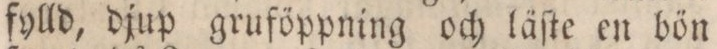
fylld, djup gruföppning och läſte en bön